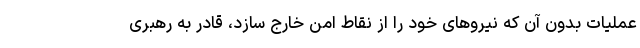
عملیات بدون آن که نیروهای خود را از نقاط امن خارج سازد، قادر به رهبری